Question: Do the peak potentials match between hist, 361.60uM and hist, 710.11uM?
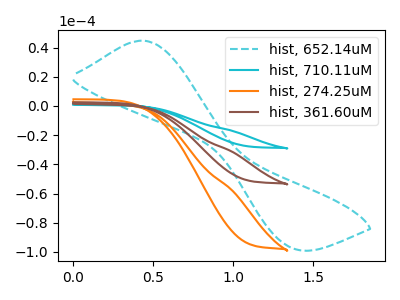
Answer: <think>The cyan dashed curve "hist, 652.14uM" has an anodic peak at (0.45V, 44.75uA) and a cathodic peak at (1.35V, -97.40uA). The cyan curve "hist, 710.11uM" has no peaks. The orange curve "hist, 274.25uM" has no peaks. The brown curve "hist, 361.60uM" has no peaks.</think>
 <answer>Niether CV has any peaks.</answer>
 <eval>blanks</eval>